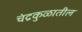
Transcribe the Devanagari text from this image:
चंद्रकुळातील